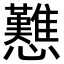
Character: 戁